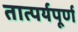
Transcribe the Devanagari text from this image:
तात्पर्यपूर्ण